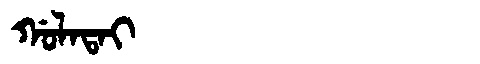
Manchu: ᡤᠣᠯᠠᡨᠠᡳ
Romanization: GOLATAI